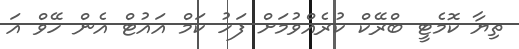
ތިޔާ ކޮމެޓީ ބްރޭކް ކުރެއްވުމަށް ފަހު ކަމް އައުޓް އެން ހޭވް އަ